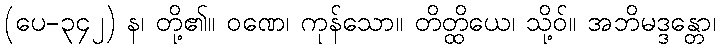
(ပေ-၃၄၂) န၊ တို့၏။ ဝဏေ၊ ကုန်သော။ တိတ္ထိယေ၊ သို့ဝ်။ အဘိမဒ္ဒန္တော၊